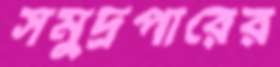
সমুদ্রপারের